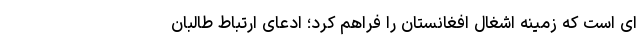
ای است که زمینه اشغال افغانستان را فراهم کرد؛ ادعای ارتباط طالبان